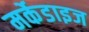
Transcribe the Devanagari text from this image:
मर्केडाइज